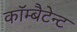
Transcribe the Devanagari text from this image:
कॉम्बैटेन्ट